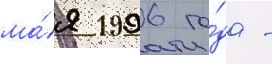
ма́я 1996 го́да -